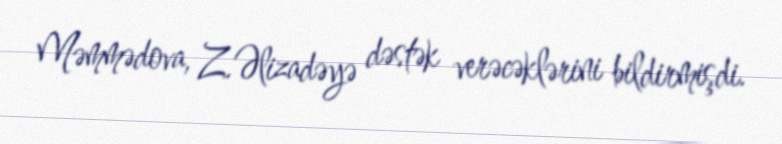
Məmmədova, Z.Əlizadəyə dəstək verəcəklərini bildirmişdi.